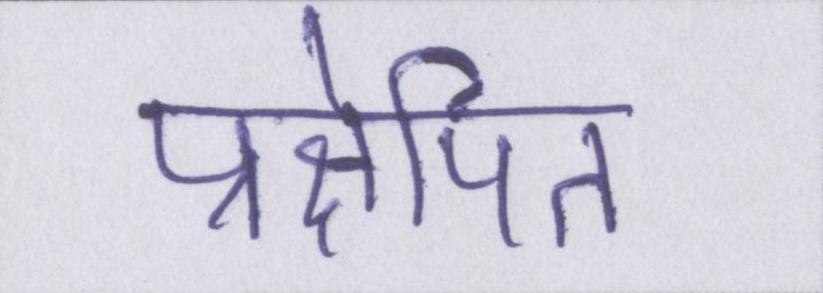
प्रक्षेपित